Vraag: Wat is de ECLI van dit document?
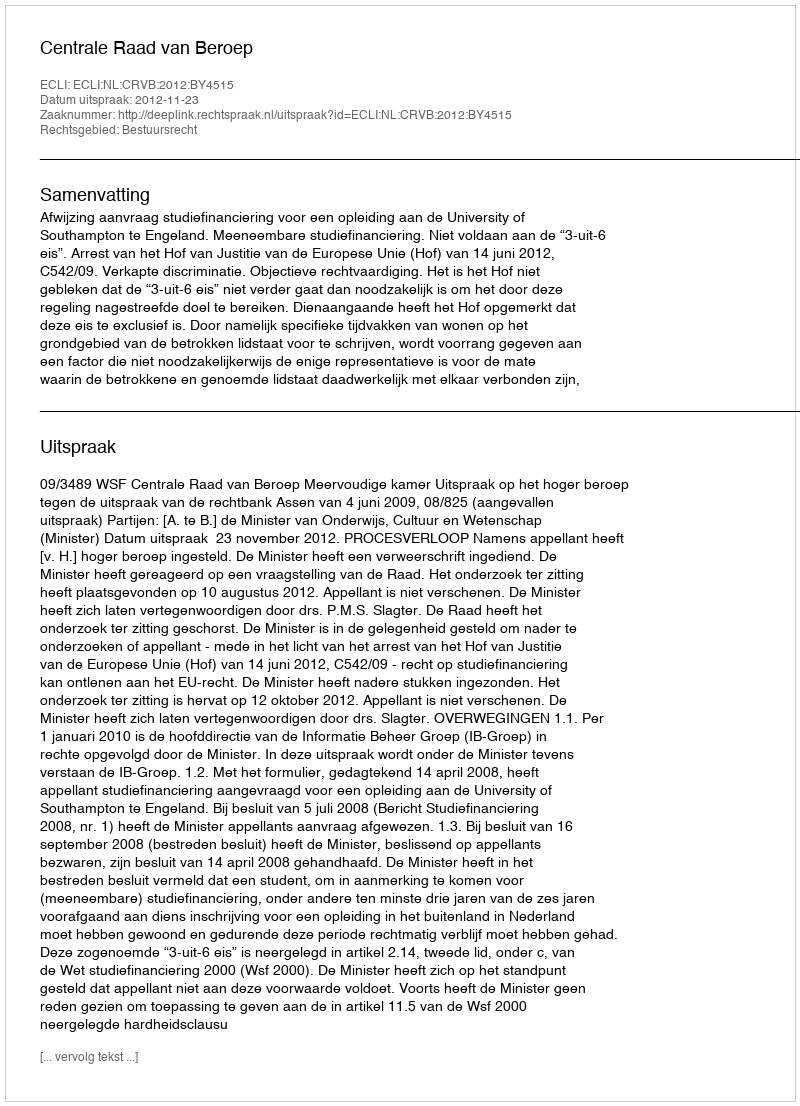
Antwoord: ECLI:NL:CRVB:2012:BY4515